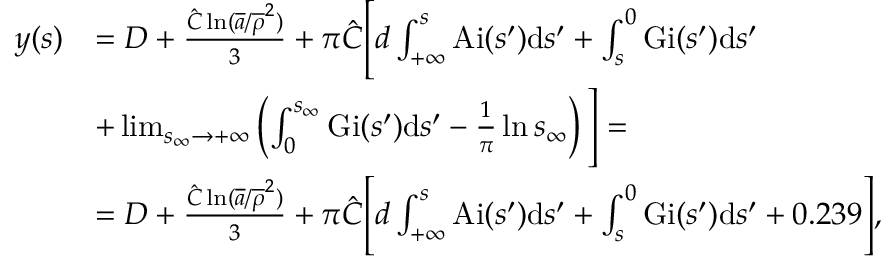
\begin{array} { r l } { y ( s ) } & { = D + \frac { \hat { C } \ln ( \overline { { a } } / \overline { { \rho } } ^ { 2 } ) } { 3 } + \pi \hat { C } \Bigg [ d \int _ { + \infty } ^ { s } \mathrm { A i } ( s ^ { \prime } ) \mathrm { d } s ^ { \prime } + \int _ { s } ^ { 0 } \mathrm { G i } ( s ^ { \prime } ) \mathrm { d } s ^ { \prime } } \\ & { + \operatorname* { l i m } _ { s _ { \infty } \rightarrow + \infty } \left( \int _ { 0 } ^ { s _ { \infty } } \mathrm { G i } ( s ^ { \prime } ) \mathrm { d } s ^ { \prime } - \frac { 1 } { \pi } \ln s _ { \infty } \right) \Bigg ] = } \\ & { = D + \frac { \hat { C } \ln ( \overline { { a } } / \overline { { \rho } } ^ { 2 } ) } { 3 } + \pi \hat { C } \Bigg [ d \int _ { + \infty } ^ { s } \mathrm { A i } ( s ^ { \prime } ) \mathrm { d } s ^ { \prime } + \int _ { s } ^ { 0 } \mathrm { G i } ( s ^ { \prime } ) \mathrm { d } s ^ { \prime } + 0 . 2 3 9 \Bigg ] , } \end{array}